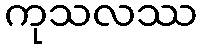
ကုသလဿ